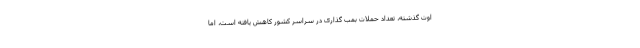
اوت گذشته، تعداد حملات بمب گذاری در سراسر کشور کاهش یافته است، اما